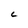
Character: C